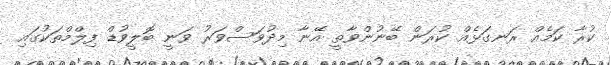
ކުރާ ކަމެއް ރަނގަޅެއް ކުރަން ބޭނުންވާތީ އޭނާ މިދުވަސްވަރު ވަނީ ބޮލީވުޑް ފިލްމްތަކުގައި